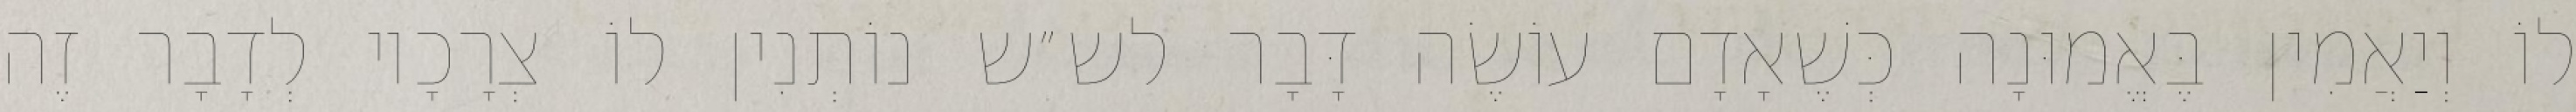
לוֹ וְיַאֲמִין בֶּאֱמוּנָה כְּשֶׁאָדָם עוֹשֶׂה דָּבָר לש״ש נוֹתְנִין לוֹ צְרָכָיו לְדָבָר זֶה